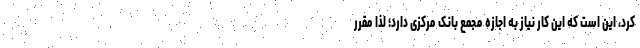
کرد، این است که این کار نیاز به اجازه مجمع بانک مرکزی دارد؛ لذا مقرر